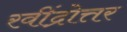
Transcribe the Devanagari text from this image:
रवींद्रोत्तर